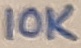
Text: 10K